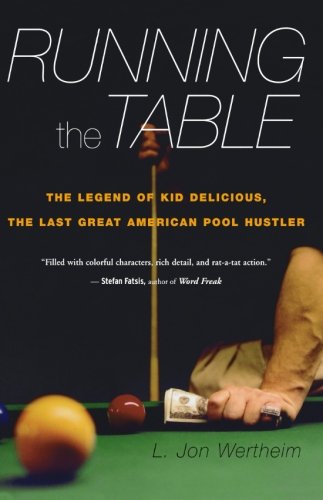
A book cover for Running the Table: The Legend of Kid Delicious, the Last Great American Pool Hustler; L. Jon Wertheim; Sports & Outdoors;